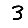
Digit: 3